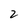
Character: 2